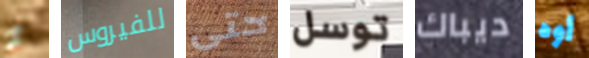
أو للفيروس حتى توسل ديباك أوه